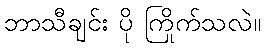
ဘာသီချင်း ပို ကြိုက်သလဲ။